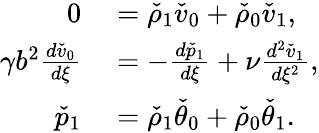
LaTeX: \begin{array}{rl}{0}&{{}=\check{\rho}_{1}\check{v}_{0}+\check{\rho}_{0}\check{v}_{1},}\\ {\gamma b^{2}\frac{d\check{v}_{0}}{d\xi}}&{{}=-\frac{d\check{p}_{1}}{d\xi}+\nu\frac{d^{2}\check{v}_{1}}{d\xi^{2}},}\\ {\check{p}_{1}}&{{}=\check{\rho}_{1}\check{\theta}_{0}+\check{\rho}_{0}\check{\theta}_{1}.}\end{array}